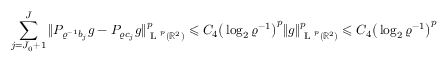
\sum _ { j = J _ { 0 } + 1 } ^ { J } \| P _ { \varrho ^ { - 1 } b _ { j } } g - P _ { \varrho c _ { j } } g \| _ { \textup { L } ^ { p } ( \mathbb { R } ^ { 2 } ) } ^ { p } \leqslant C _ { 4 } \big ( \log _ { 2 } \varrho ^ { - 1 } \big ) ^ { p } \| g \| _ { \textup { L } ^ { p } ( \mathbb { R } ^ { 2 } ) } ^ { p } \leqslant C _ { 4 } \big ( \log _ { 2 } \varrho ^ { - 1 } \big ) ^ { p }